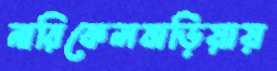
নারিকেলবাড়িয়ায়